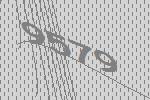
9579